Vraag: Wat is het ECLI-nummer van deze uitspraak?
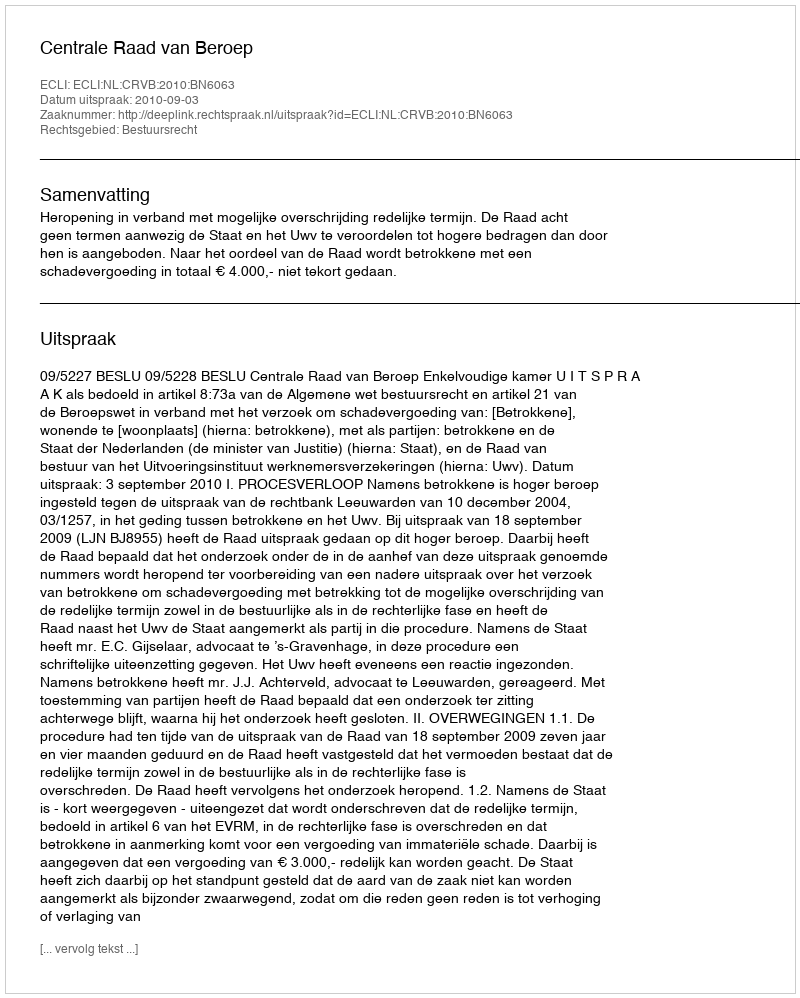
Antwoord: ECLI:NL:CRVB:2010:BN6063